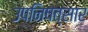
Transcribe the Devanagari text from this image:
उपनिषत्सार